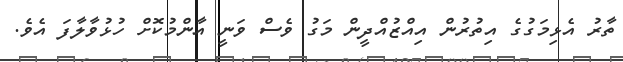
ތާރު އެޅިމަގުގެ އިތުރުން އިއްޒުއްދީން މަގު ވެސް ވަނީ އާންމުކޮށް ހުޅުވާލާފަ އެވެ.